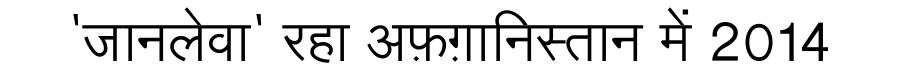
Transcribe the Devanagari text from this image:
'जानलेवा' रहा अफ़ग़ानिस्तान में 2014